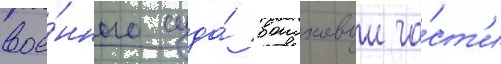
вое́нного суда́ воисковои ча́ст'и